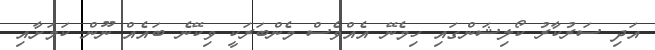
އަދި ސަރުކާރު ކޯލިޝަންގައި ހިމެނޭ އެއްވެސް މެންބަރަކީ ވިކޭނެ ބައެއް ނޫން ކަމަށާއި